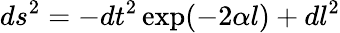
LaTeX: ds^{2}=-dt^{2}\exp(-2\alpha l)+dl^{2}